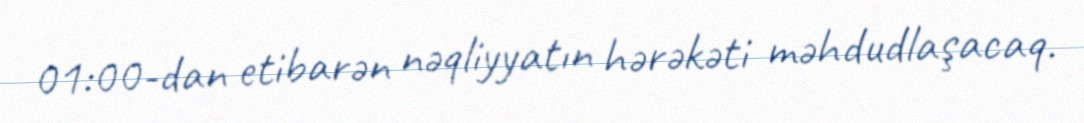
01:00-dan etibarən nəqliyyatın hərəkəti məhdudlaşacaq.